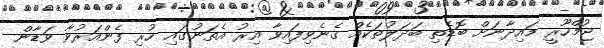
ޖުމްހޫރީ މައިދާނަށް ބޮޑެތި ބަދަލުތަކެއް ގެނެވިފައިވާ އިރު އެތަނުގައި ހުރި ފެންއަރުވާ ވަޑާން